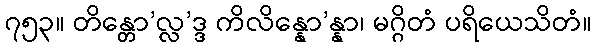
၇၅၃။ တိန္တော’လ္လ’ဒ္ဒ ကိလိန္နော’န္နာ၊ မဂ္ဂိတံ ပရိယေသိတံ။